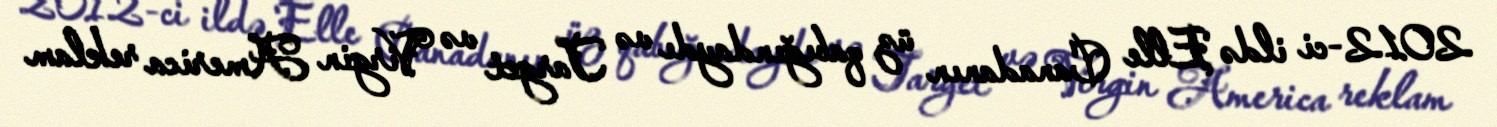
2012-ci ildə Elle Canadanın üz qabığındaydı və Target və Virgin America reklam